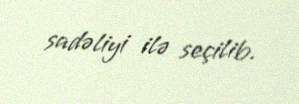
sadəliyi ilə seçilib.